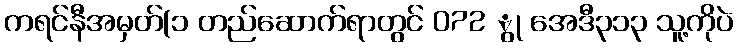
ကရင်နီအမှတ်(၁ တည်ဆောက်ရာတွင် 072 ွု အေဒီ၃၁၃ သူ့ကိုပဲ